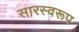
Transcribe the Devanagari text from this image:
सारस्वरूप